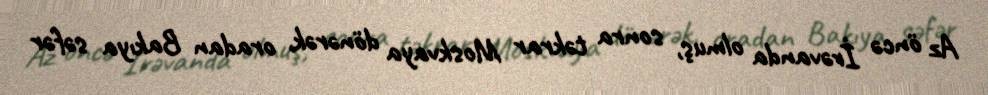
Az öncə İrəvanda olmuş, sonra təkrar Moskvaya dönərək, oradan Bakıya səfər